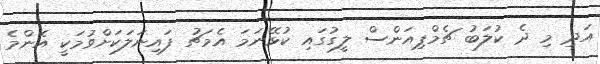
އަދި މި ދެ ކުލަބު ޗެމްޕިއަންސް ލީގުގައި ކުޅޭނަމަ އެމަޗު ފައިނަލަކަށްވުމަކީ އެންމެ